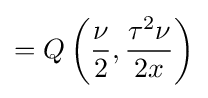
=Q\left({\frac {\nu }{2}},{\frac {\tau ^{2}\nu }{2x}}\right)